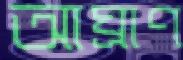
আঘ্রাণ